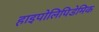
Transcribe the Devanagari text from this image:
हाइपोलिपिडेमिक